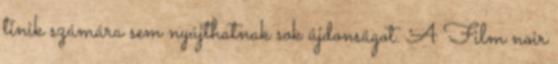
tinik számára sem nyújthatnak sok újdonságot. A Film noir